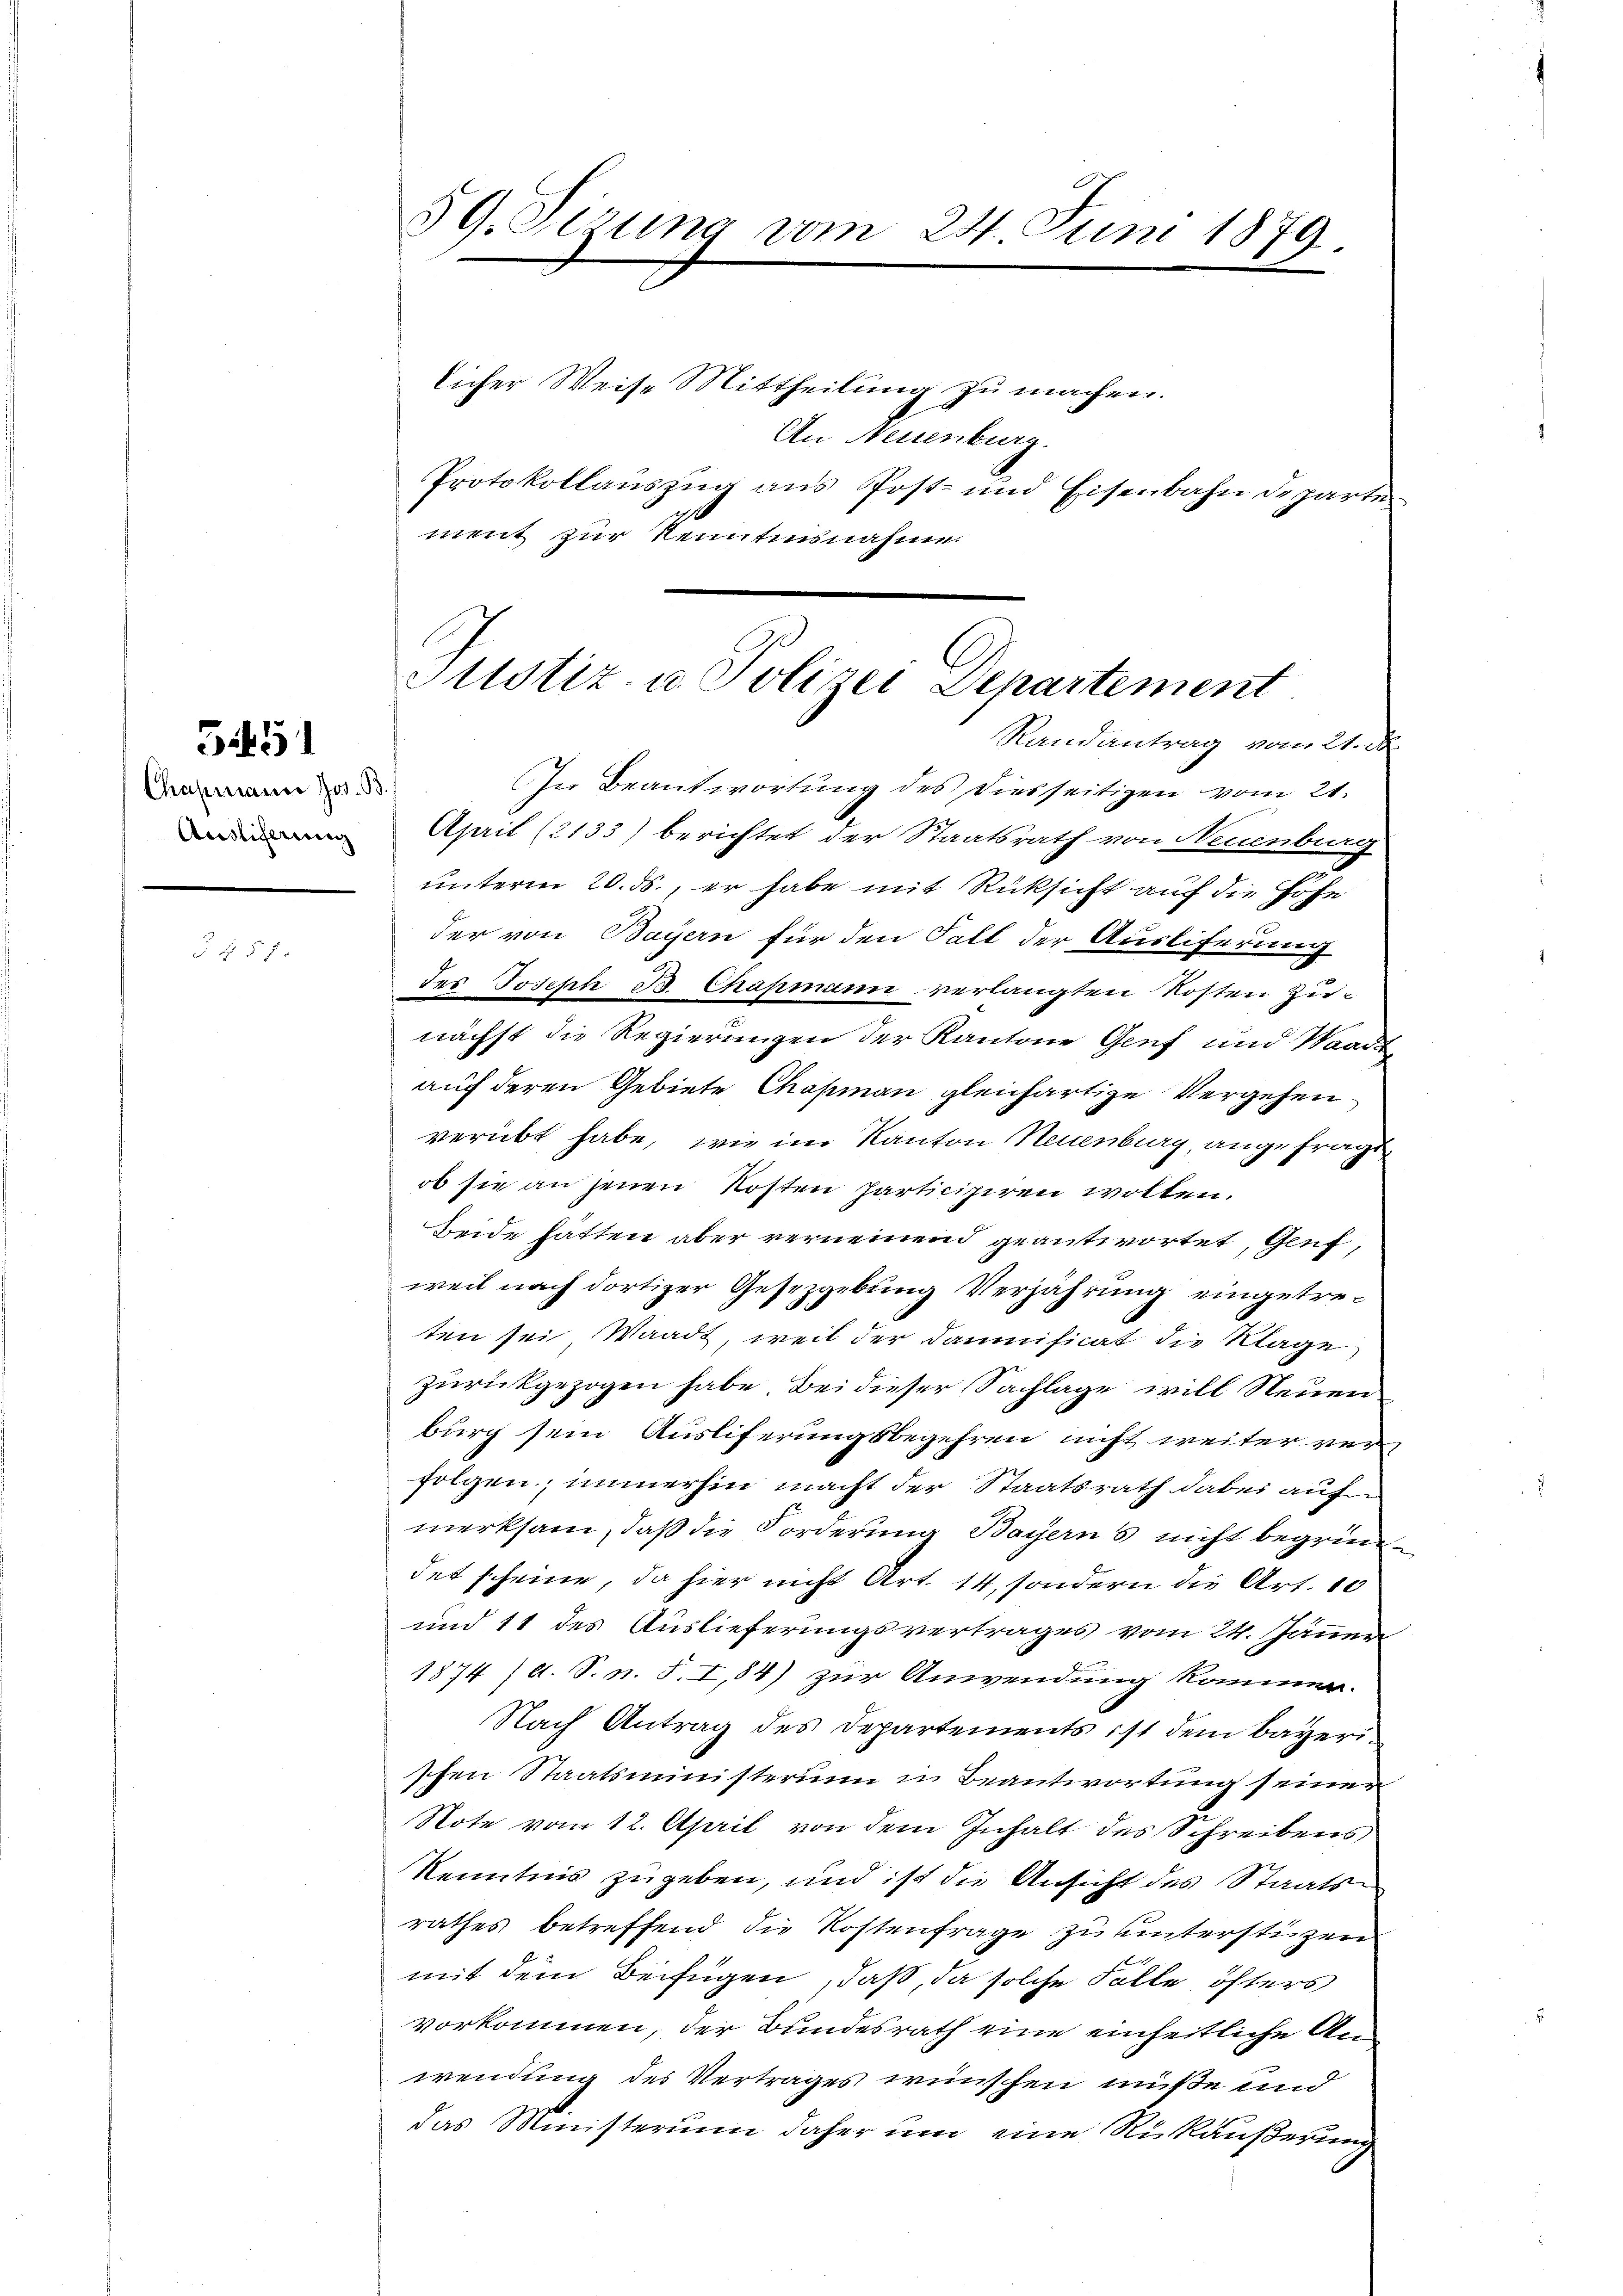
5451

Chapmann Jos. B.

§ 7

59. Sezung vom 24. Juni 1879.

licher Weise Mittheilung zu machen.
An Neuenburg.
Protokollauszug aus Post- und Eisenbahndeparten
ment zur Kenntnisnahme.
In Beantwortung des Diesseitigen vom 21.
April (2133) berichtet der Staatsrath von Neuenburg
unterm 20. ds., er habe mit Rücksicht auf die Hohe
der von Bayern für den Fall der Ausliferung
des Joseph B. Chapmann verlangten Kosten Zunächst die Regierungen der Kantone Genf und Waadt
auff deren Gebiete Chapman gleichartige Vergehen
verübt habe, wie im Kanton Neuenburg, angefragt
ob sie an jenen Kosten Participiren wollen.
Beide hätten aber verneinend geantwortet, Genf,
weil nach dortiger Gesezgebung Verjährung eingetreten sei Waadt, weil der Daunificat die Klage
zurückgezogen habe. Bei dieser Sachlage will Neuen
burg sein Ausliferungsbegehren nicht weiter ver
folgen, immerhin macht der Staatsrath dabei aufmerksam, daß die Forderung Bayerns nicht begründet scheine, da hier nicht Art. 14, sondern die Art. 10
und 11 des Auslieferungsvertrages vom 24. Jänner
1874 (s. S. n. F. I,84) zur Anwendung kommen.
Nach Antrag des Departements ist dem Bayeri
schen Staatsministerum in Beantwortung seiner
Note vom 12. April von dem Inhalt des Schreibens
Kenntnis zugeben, und ist die Ansicht des Staatsrathes betreffend die Kostenfrage zu unterstiezen
mit dem Beifügen, daß, da solche Fälle öfters
vorkommen, der Bundesrath eine einheitliche An
wendung des Vertrages wünschen müße und
das Ministerium daher um eine Rükäußerung

Justiz- u. Polizei Departement
Randantrag vom 21. d.